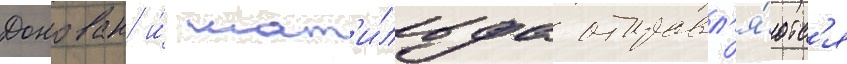
Донован и́ мат'и́льда отправл'я́ютс'я